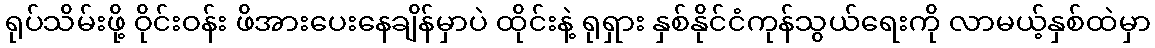
ရုပ်သိမ်းဖို့ ဝိုင်းဝန်း ဖိအားပေးနေချိန်မှာပဲ ထိုင်းနဲ့ ရုရှား နှစ်နိုင်ငံကုန်သွယ်ရေးကို လာမယ့်နှစ်ထဲမှာ